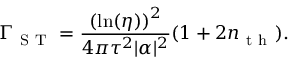
\Gamma _ { \mathrm { ~ S ~ T ~ } } = \frac { \left( \ln ( \eta ) \right) ^ { 2 } } { 4 \pi \tau ^ { 2 } | \alpha | ^ { 2 } } ( 1 + 2 n _ { \mathrm { ~ t ~ h ~ } } ) .